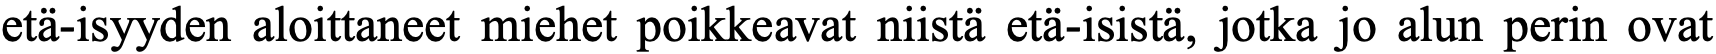
etä-isyyden aloittaneet miehet poikkeavat niistä etä-isistä, jotka jo alun perin ovat